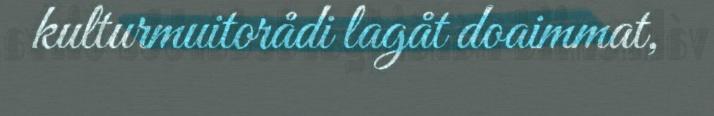
kulturmuitorådi lagåt doaimmat,